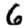
Digit: 6